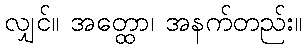
လျှင်။ အတ္ထော၊ အနက်တည်း။